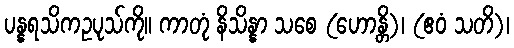
ပန္နရသိကဥပုသ်ကို။ ကာတုံ နိသိန္နာ သစေ (ဟောန္တိ)၊ (ဧဝံ သတိ)၊